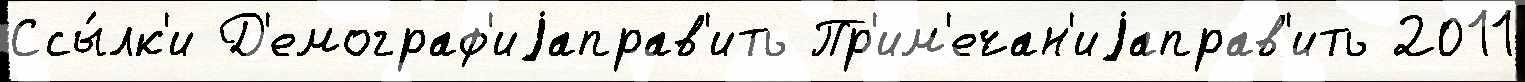
Ссы́лк'и Д'емограф'иjаправ'ить Пр'им'ечан'иjаправ'ить 2011